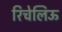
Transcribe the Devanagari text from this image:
रिचेलिऊ